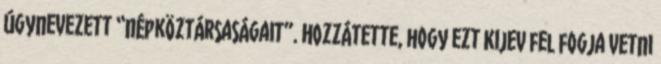
úgynevezett “népköztársaságait”. Hozzátette, hogy ezt Kijev fel fogja vetni